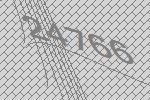
24766